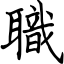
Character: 職